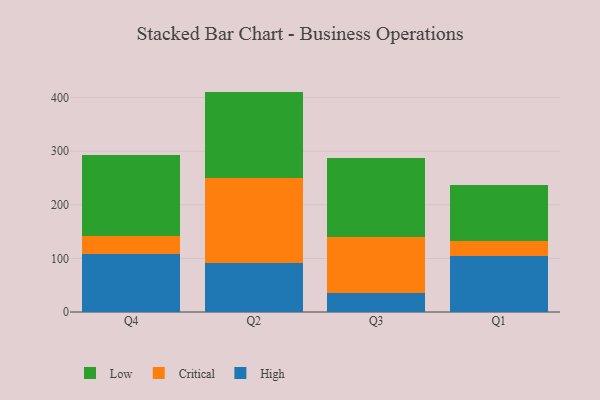
{"axis": {"x": "Quarter", "y": "Latency (ms)"}, "legend": ["Critical", "High", "Low"], "data": [{"x": "Q4", "y": 107.6, "type": "High"}, {"x": "Q4", "y": 34.0, "type": "Critical"}, {"x": "Q4", "y": 150.6, "type": "Low"}, {"x": "Q2", "y": 92.0, "type": "High"}, {"x": "Q2", "y": 158.2, "type": "Critical"}, {"x": "Q2", "y": 161.0, "type": "Low"}, {"x": "Q3", "y": 36.2, "type": "High"}, {"x": "Q3", "y": 104.3, "type": "Critical"}, {"x": "Q3", "y": 147.1, "type": "Low"}, {"x": "Q1", "y": 104.1, "type": "High"}, {"x": "Q1", "y": 28.5, "type": "Critical"}, {"x": "Q1", "y": 105.1, "type": "Low"}]}